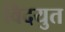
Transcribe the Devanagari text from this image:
विदयुत